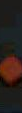
-